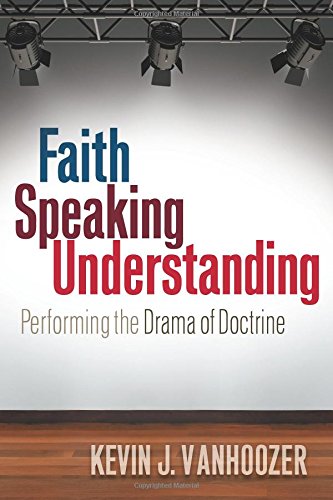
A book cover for Faith Speaking Understanding: Performing the Drama of Doctrine; Kevin J. Vanhoozer; Christian Books & Bibles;